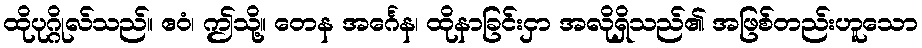
ထိုပုဂ္ဂိုလ်သည်။ ဧဝံ၊ ဤသို့။ တေန အင်္ဂေန၊ ထိုနာခြင်းငှာ အလိုရှိသည်၏ အဖြစ်တည်းဟူသော